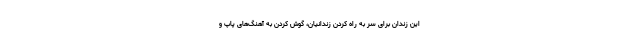
این زندان برای سر به راه کردن زندانیان، گوش کردن به آهنگ‌های پاپ و